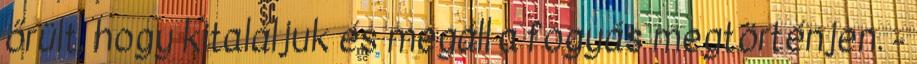
őrült, hogy kitaláljuk és megáll a fogyás megtörténjen. -